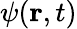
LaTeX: \psi({\mathbf r},t)